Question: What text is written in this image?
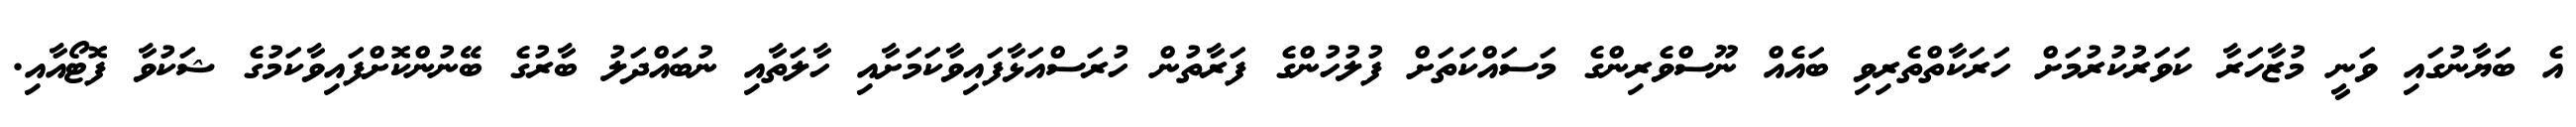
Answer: އެ ބަޔާނުގައި ވަނީ މުޒާހަރާ ކަވަރުކުރުމަށް ހަރަކާތްތެރިވި ބައެއް ނޫސްވެރިންގެ މަސައްކަތަށް ފުލުހުންގެ ފަރާތުން ހުރަސްއަޅާފައިވާކަމަށާއި ހާލަތާއި ނުބައްދަލު ބާރުގެ ބޭނުންކޮށްފައިވާކަމުގެ ޝަކުވާ ފޮޓޯއާއި.